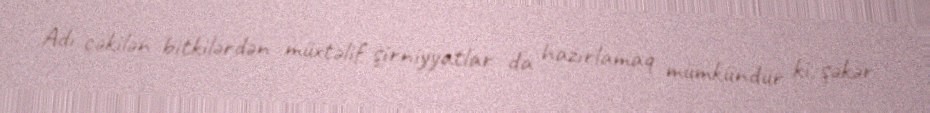
Adı çəkilən bitkilərdən müxtəlif şirniyyatlar da hazırlamaq mümkündür ki, şəkər